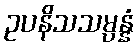
ဥပနိသသမ္ပန္နံ